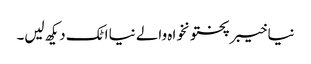
نیا خیبرپختونخواہ والے نیا اٹک دیکھ لیں۔